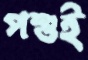
পশুই